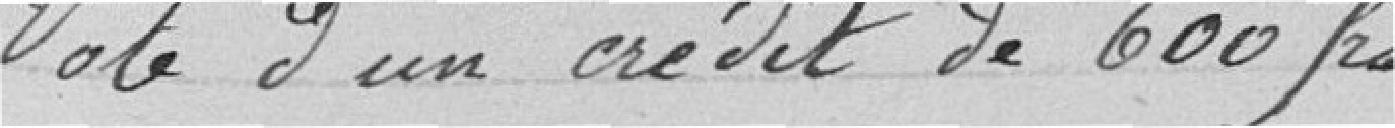
Vote d'un crédit de 600 frs.